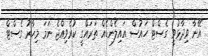
އޭނާ ވިދާޅުވީ ގެސްޓް ހައުސް އައިލެންޑެއް ތަރައްގީ ކުރެވިއްޖެ ނަމަ މިހާރު ގެސްޓް